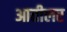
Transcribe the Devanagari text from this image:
आतीलर